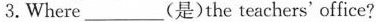
3.Where___(是)the teachers'office?